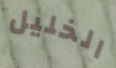
الخليل